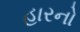
હારનો